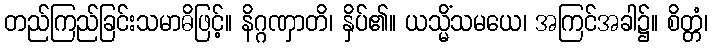
တည်ကြည်ခြင်းသမာဓိဖြင့်။ နိဂ္ဂဏှာတိ၊ နှိပ်၏။ ယသ္မိံသမယေ၊ အကြင်အခါ၌။ စိတ္တံ၊